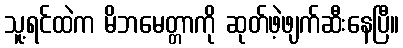
သူ့ရင်ထဲက မိဘမေတ္တာကို ဆုတ်ဖဲ့ဖျက်ဆီးနေပြီ။